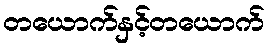
တယောက်နှင့်တယောက်